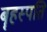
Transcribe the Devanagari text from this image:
बॄहस्पति